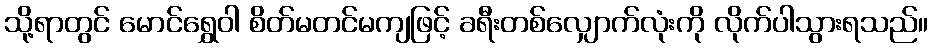
သို့ရာတွင် မောင်ရွှေဝါ စိတ်မတင်မကျဖြင့် ခရီးတစ်လျှောက်လုံးကို လိုက်ပါသွားရသည်။